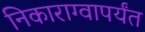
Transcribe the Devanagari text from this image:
निकाराग्वापर्यंत